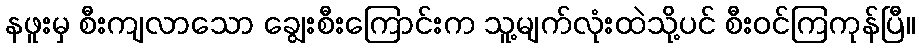
နဖူးမှ စီးကျလာသော ချွေးစီးကြောင်းက သူ့မျက်လုံးထဲသို့ပင် စီးဝင်ကြကုန်ပြီ။